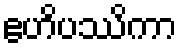
ဧဟိပဿိကာ